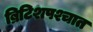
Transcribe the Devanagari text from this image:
ब्रिटिशपश्चात